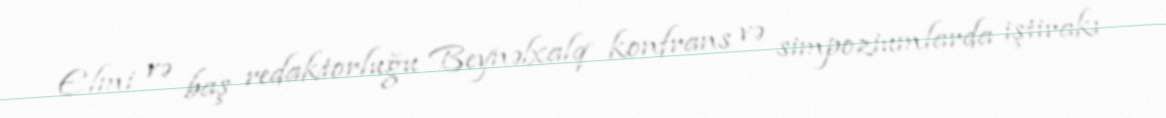
Elmi və baş redaktorluğu Beynəlxalq konfrans və simpoziumlarda iştirakı